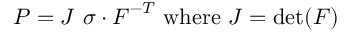
{ \boldsymbol { P } } = J ~ { \boldsymbol { \sigma } } \cdot { \boldsymbol { F } } ^ { - T } ~ { \mathrm { w h e r e } } ~ J = \operatorname* { d e t } ( { \boldsymbol { F } } )